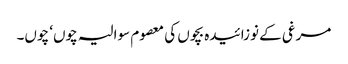
مرغی کے نوزائیدہ بچوں کی معصوم سوالیہ چوں‘ چوں۔